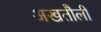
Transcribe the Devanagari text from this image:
अखतौली